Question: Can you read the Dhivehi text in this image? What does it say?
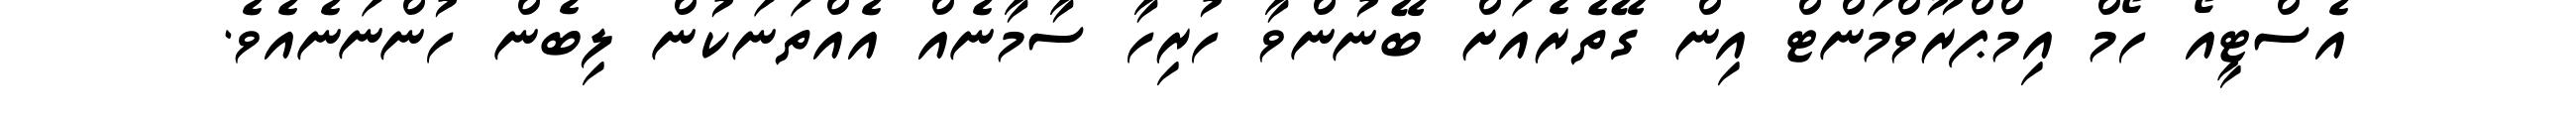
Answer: އެސްޓީއޯ ހޯމް އިމްޕްރޫވްމަންޓް އިން ގޭތެރެއަށް ބޭނުންވާ ހުރިހާ ސާމާނެއް އެއްތަނަކުން ލިބެން ހުންނަނެއެވެ.